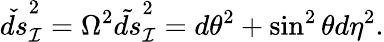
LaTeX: \check{ds}_{\cal I}^{2}=\Omega^{2}\tilde{ds}_{\cal I}^{2}=d\theta^{2}+\sin^{2}\theta d\eta^{2}.